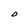
Character: D